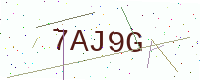
Text: 7AJ9G